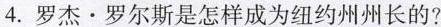
4. 罗杰·罗尔斯是怎样成为纽约州州长的?